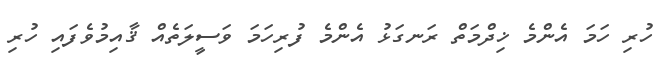
ހުރި ހަމަ އެންމެ ޚިދްމަތް ރަނގަޅު އެންމެ ފުރިހަމަ ވަސީލަތެއް ޤާއިމުވެފައި ހުރި